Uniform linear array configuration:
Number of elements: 48
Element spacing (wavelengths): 0.75
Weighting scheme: kaiser
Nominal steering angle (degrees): -60
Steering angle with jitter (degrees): -58.66
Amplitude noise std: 0.05
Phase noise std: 0.05

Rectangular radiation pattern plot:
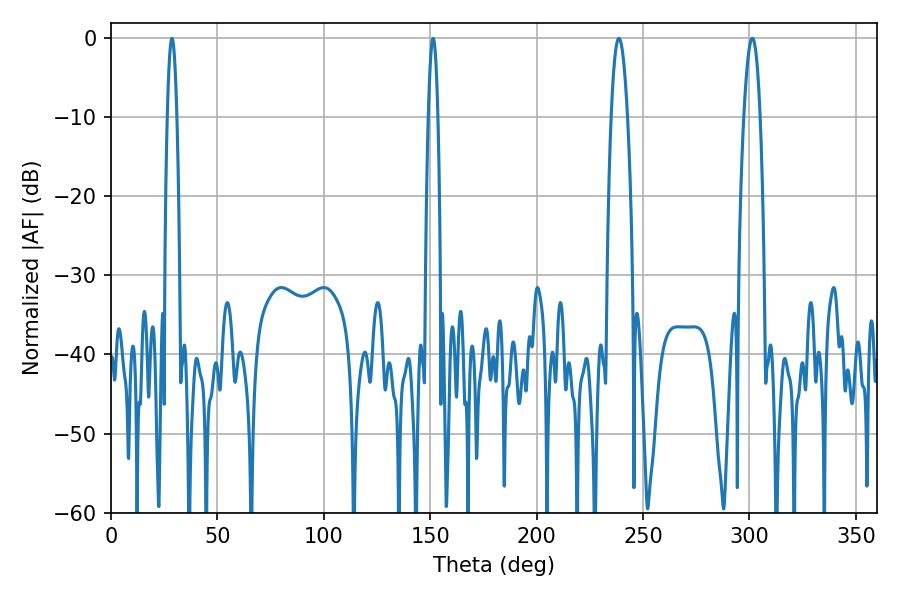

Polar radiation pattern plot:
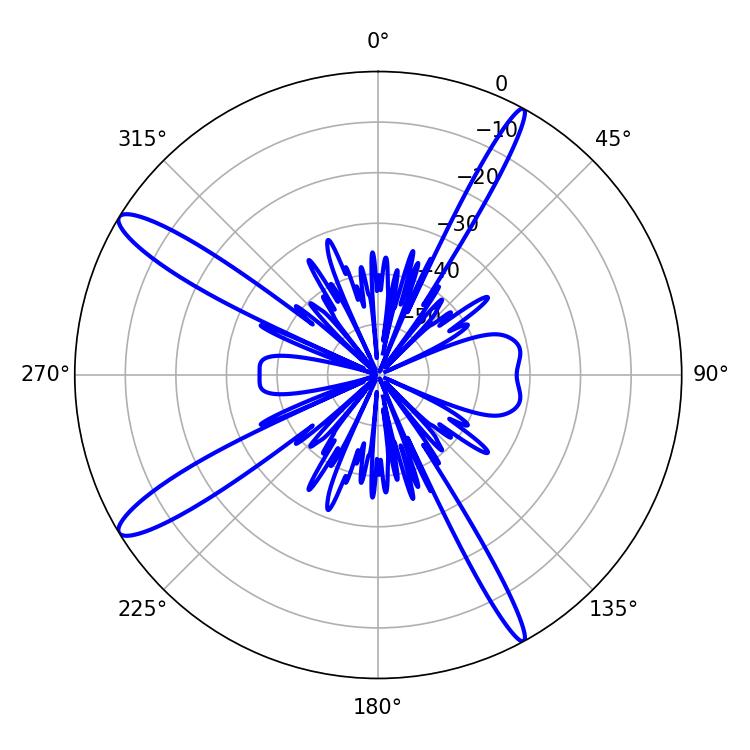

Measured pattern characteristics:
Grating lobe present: TRUE
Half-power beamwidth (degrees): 4.14
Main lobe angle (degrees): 301.32